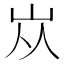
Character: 𡵝